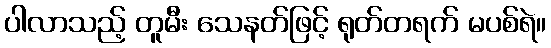
ပါလာသည့် တူမီး သေနတ်ဖြင့် ရုတ်တရက် မပစ်ရဲ။